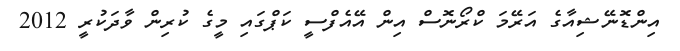
އިންޑޮނޭޝިއާގެ އަރޭމަ ކްރޯނޮސް އިން އޭއެފްސީ ކަޕްގައި މީގެ ކުރިން ވާދަކުރީ 2012